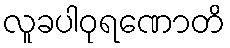
လူခပါဝုရဏောတိ